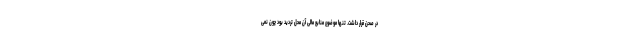
در صحن قرار داشت. تنها موضوع منابع مالی آن محل تردید بود چون نمی‌